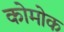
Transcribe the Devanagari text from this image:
कोमोक